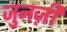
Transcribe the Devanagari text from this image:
जुनज़ी